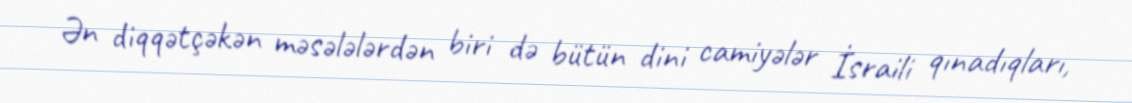
Ən diqqətçəkən məsələlərdən biri də bütün dini camiyələr İsraili qınadıqları,